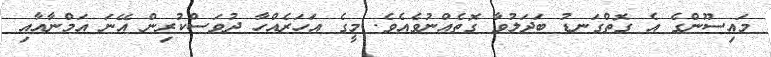
މައިސޫންގެ އެ ގޮތްގަނޑު ބަދަލުވާ ގޮތެއްނުވެއެވެ. މީގެ އަހަރެއްހާ ދުވަސްކުރިން އޭނަ އަމްނާއާއި